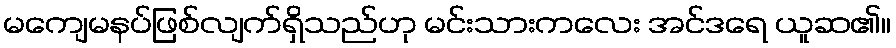
မကျေမနပ်ဖြစ်လျက်ရှိသည်ဟု မင်းသားကလေး အင်ဒရေ ယူဆ၏။